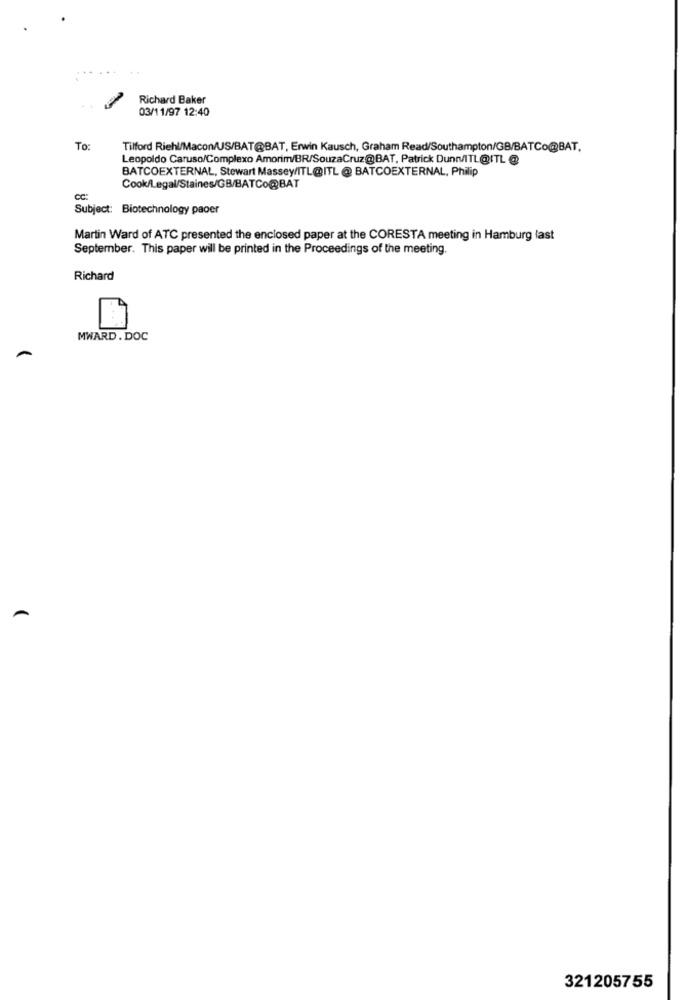
Richard Baker
03/11/97 12:40
To:
Tilford Riehl/Macon/US/BAT@BAT, Erwin Kausch, Graham Read/Southampton/GB/BATCo@BAT.
Leopoldo Caruso/Complexo Amorim/BR/SouzaCruz@BAT, Patrick DunMITL@ITL @
BATCOEXTERNAL, Stewart Massey/ITL@ITL @ BATCOEXTERNAL, Philip
Cook/Legal/Staines/GB/BATCo@BAT
CC:
Subject: Biotechnology paoer
Martin Ward of ATC presented the enclosed paper at the CORESTA meeting in Hamburg last
September. This paper will be printed in the Proceedings of the meeting.
Richard
MWARD. DOC
321205755